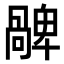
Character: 𠧅